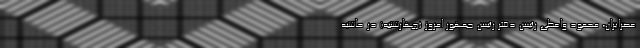
عصرایران، محمود واعظی رئیس دفتر رئیس جمهور امروز (چهارشنبه) در حاشیه